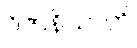
ဝိဇာနိယာတိ